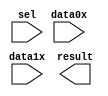
module lpm_mux047 (
	data0x,
	data1x,
	sel,
	result);

	input	[23:0]  data0x;
	input	[23:0]  data1x;
	input	  sel;
	output	[23:0]  result;

endmodule